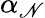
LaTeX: \alpha_{\mathscr{N}}